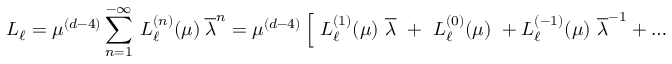
L _ { \ell } = \mu ^ { ( d - 4 ) } \sum _ { n = 1 } ^ { - \infty } \ L _ { \ell } ^ { ( n ) } ( \mu ) ~ { \overline { { \lambda } } } ^ { n } = \mu ^ { ( d - 4 ) } \left[ ~ L _ { \ell } ^ { ( 1 ) } ( \mu ) ~ { \overline { { \lambda } } } \ + \ L _ { \ell } ^ { ( 0 ) } ( \mu ) \ + L _ { \ell } ^ { ( - 1 ) } ( \mu ) ~ { \overline { { \lambda } } } ^ { - 1 } + \dots ~ \right] \ \ , \,